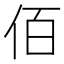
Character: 佰